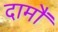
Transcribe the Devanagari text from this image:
दामौं